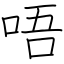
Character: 唔